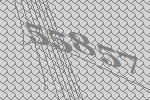
55857